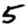
Digit: 5